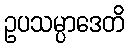
ဥပသမ္ပာဒေတိ